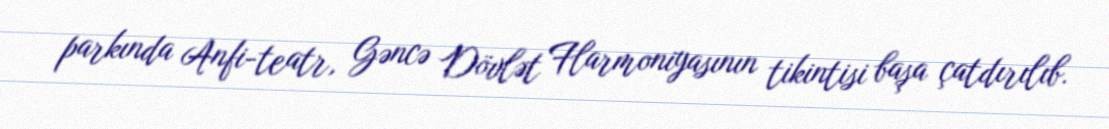
parkında Anfi-teatr, Gəncə Dövlət Flarmoniyasının tikintisi başa çatdırılıb.